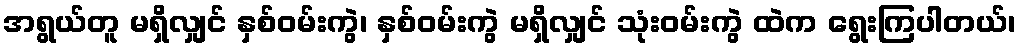
အရွယ်တူ မရှိလျှင် နှစ်ဝမ်းကွဲ၊ နှစ်ဝမ်းကွဲ မရှိလျှင် သုံးဝမ်းကွဲ ထဲက ရွေးကြပါတယ်၊